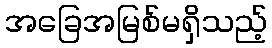
အခြေအမြစ်မရှိသည့်